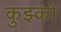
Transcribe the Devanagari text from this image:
कुझ्को